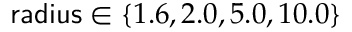
\mathsf { r a d i u s } \in \{ 1 . 6 , 2 . 0 , 5 . 0 , 1 0 . 0 \}